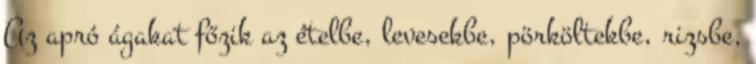
Az apró ágakat főzik az ételbe, levesekbe, pörköltekbe, rizsbe,